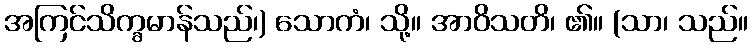
အကြင်သိက္ခမာန်သည်၊) သောကံ၊ သို့။ အာဝိသတိ၊ ၏။ (သာ၊ သည်။